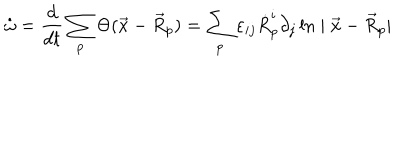
LaTeX: \dot { \omega } = \frac { d } { d t } \sum _ { p } \Theta ( \vec { x } - \vec { R } _ { p } ) = \sum _ { p } \varepsilon _ { i j } \dot { R } _ { p } ^ { i } \partial _ { j } \ln \mid \vec { x } - \vec { R } _ { p } \mid